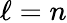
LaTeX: \ell=n